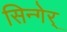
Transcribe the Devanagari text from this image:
सिन्गेर्